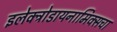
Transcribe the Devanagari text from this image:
इलेक्ट्रोडायनामिक्सचा